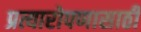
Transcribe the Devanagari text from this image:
प्रत्यारोपणासाठी